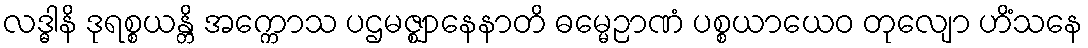
လဒ္ဓါနိ ဒုရစ္စယန္တိ အက္ကောသ ပဌမဇ္ဈာနေနာတိ ဓမ္မေဉာဏံ ပစ္စယာယေဝ တုလျော ဟိံသနေ